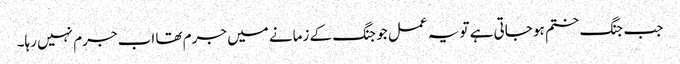
جب جنگ ختم ہو جاتی ہے تو یہ عمل جو جنگ کے زمانے میں جرم تھا اب جرم نہیں رہا۔